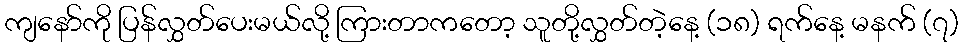
ကျနော်ကို ပြန်လွှတ်ပေးမယ်လို့ ကြားတာကတော့ သူတို့လွှတ်တဲ့နေ့ (၁၈) ရက်နေ့ မနက် (၇)